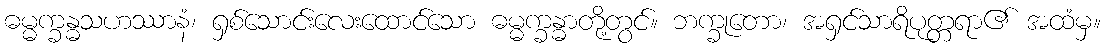
ဓမ္မက္ခန္ဓသဟဿာနံ၊ ရှစ်သောင်းလေးထောင်သော ဓမ္မက္ခန္ဓာတို့တွင်။ ဘက္ခုတော၊ အရှင်သာရိပုတ္တရာ၏ အထံမှ။